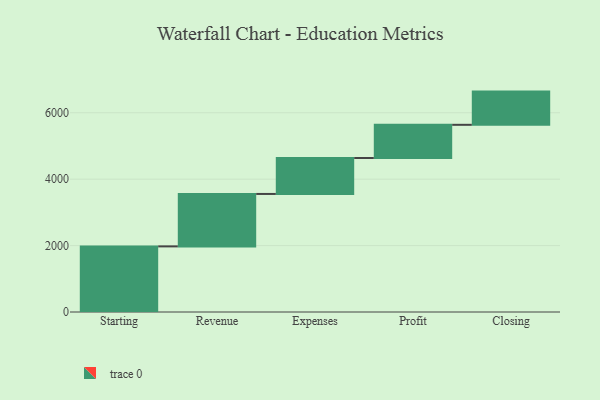
{"axis": {"x": "Step", "y": "Value"}, "legend": [""], "data": [{"x": "Starting", "y": 1976.0, "type": ""}, {"x": "Revenue", "y": 1579.0, "type": ""}, {"x": "Expenses", "y": 1082.0, "type": ""}, {"x": "Profit", "y": 1000, "type": ""}, {"x": "Closing", "y": 1000, "type": ""}]}